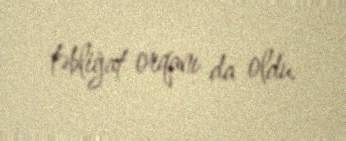
təbliğat orqanı da oldu.